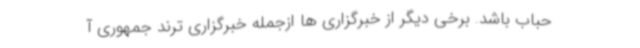
حباب باشد. برخی دیگر از خبرگزاری ها ازجمله خبرگزاری ترند جمهوری آ